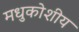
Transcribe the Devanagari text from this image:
मधुकोशीय